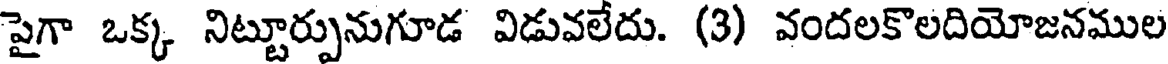
పైగా ఒక్క నిట్టూర్పునుగూడ విడువలేదు. (3) వందలకొలదియోజనముల